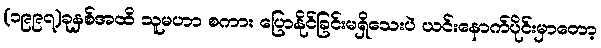
(၁၉၉၇)ခုနှစ်အထိ သူမဟာ စကား ပြောနိုင်ခြင်းမရှိသေးပဲ ယင်းနောက်ပိုင်းမှာတော့